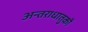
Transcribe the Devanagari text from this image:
अन्तराधातुकों